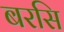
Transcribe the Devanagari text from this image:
बरसि